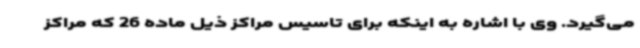
می‌گیرد. وی با اشاره به اینکه برای تاسیس مراکز ذیل ماده 26 که مراکز